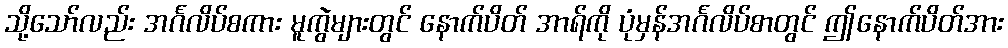
သို့သော်လည်း အင်္ဂလိပ်စကား မူကွဲများတွင် နောက်ပိတ် အာရ်ကို ပုံမှန်အင်္ဂလိပ်စာတွင် ဤနောက်ပိတ်အား